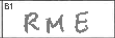
Transcription: RME